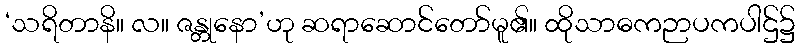
‘သရိတာနိ။ လ။ ဇန္တုနော’ဟု ဆရာဆောင်တော်မူ၏။ ထိုသာဓကဉာပကပါဌ်၌